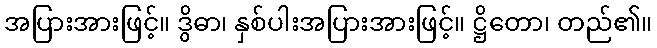
အပြားအားဖြင့်။ ဒွိဓာ၊ နှစ်ပါးအပြားအားဖြင့်။ ဋ္ဌိတော၊ တည်၏။